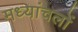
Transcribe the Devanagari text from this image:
मध्यांचलों